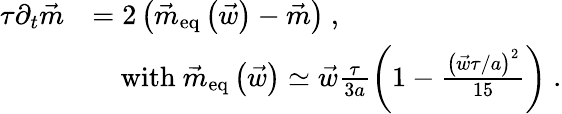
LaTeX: \begin{array}{rl}{\tau\partial_{t}\vec{m}}&{=2\left(\vec{m}_{\mathrm{eq}}\left(\vec{w}\right)-\vec{m}\right)\ ,}\\ &{\ \ \ \ \mathrm{with}\ \vec{m}_{\mathrm{eq}}\left(\vec{w}\right)\simeq\vec{w}\frac{\tau}{3a}\left(1-\frac{\left(\vec{w}\tau/a\right)^{2}}{15}\right)\ .}\end{array}